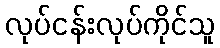
လုပ်ငန်းလုပ်ကိုင်သူ